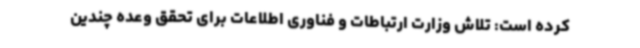
کرده است: تلاش وزارت ارتباطات و فناوری اطلاعات برای تحقق وعده چندین